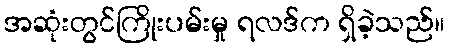
အဆုံးတွင်ကြိုးပမ်းမှု ရလဒ်က ရှိခဲ့သည်။